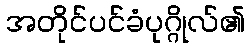
အတိုင်ပင်ခံပုဂ္ဂိုလ်၏